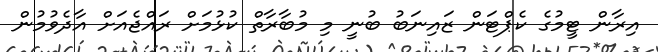
އިރާން ޓީމުގެ ކެޕްޓަން ޒައިނަބު ބުނީ މި މުބާރާތް ކުޅުމަށް ރައްޖެއަށް އާދެވުމުން